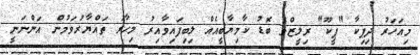
މިއަހަރު ދިޕިކާ "ޕީކޫ" ރިލީޒްވެ ބޮޑު ކާމިޔާބީއެއް ލިބިފައިވާއިރު މިހާރު ތައްޔާރުވަމުން އަންނަނީ